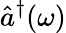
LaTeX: \hat{a}^{\dagger}(\omega)